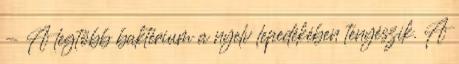
- A legtöbb baktérium a nyelv lepedékében tenyészik. A